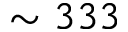
\sim 3 3 3